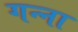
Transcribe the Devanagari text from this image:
गन्‍ना